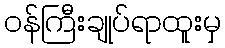
ဝန်ကြီးချုပ်ရာထူးမှ